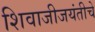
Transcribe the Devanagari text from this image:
शिवाजीजयंतीचे